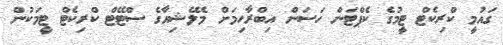
ގައުމީ ކްރިކެޓް ޓީމުގެ ކެޕްޓަން ހަސަން އިބްރާހިމަށް މެލޭޝިއާގެ ސްޓޭޓް ކްރިކެޓް ޓީމަކުން